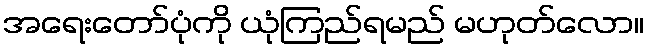
အရေးတော်ပုံကို ယုံကြည်ရမည် မဟုတ်လော။